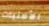
الأمنيات